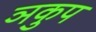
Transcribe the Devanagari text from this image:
ञकुप